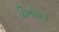
દિઓધર